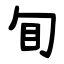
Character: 䀏